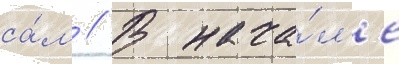
са́м // В нача́л'е